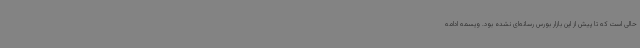
حالی است که تا پیش از این بازار بورس رسانه‌ای نشده بود. ویسمه ادامه